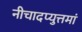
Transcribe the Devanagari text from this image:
नीचादप्युत्तमां